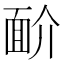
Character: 𩈋